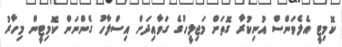
ކޮމިޓީ އެލެވަންސް އުނިކުރާ ގޮތަށް މަޖިލީހުގެ ގަވާއިދަށް އިސްލާހު ގެންނަން ކޮމިޓީން މިހާރު